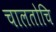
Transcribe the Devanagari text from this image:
चालतोचि